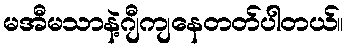
မအီမသာနဲ့ဂျီကျနေတတ်ပါတယ်။